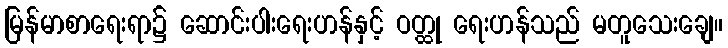
မြန်မာစာရေးရာ၌ ဆောင်းပါးရေးဟန်နှင့် ဝတ္ထု ရေးဟန်သည် မတူသေးချေ။